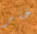
خفر